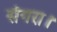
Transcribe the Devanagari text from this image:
संगरा।